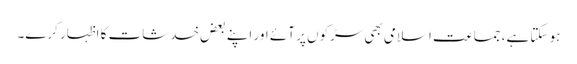
ہو سکتا ہے، جماعت اسلامی بھی سڑکوں پر آئے اور اپنے بعض خدشات کا اظہار کرے۔